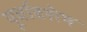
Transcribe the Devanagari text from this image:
पूर्वावशेष